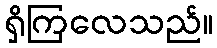
ရှိကြလေသည်။